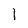
Character: 1